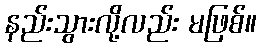
နည်းသွားလို့လည်း မဖြစ်။